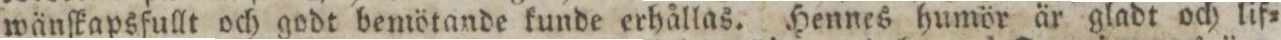
wänſkapsfullt och godt bemötande kunde erhållas. Hennes humör är gladt och lif=